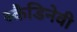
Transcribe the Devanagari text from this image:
स्कैडिनेवी